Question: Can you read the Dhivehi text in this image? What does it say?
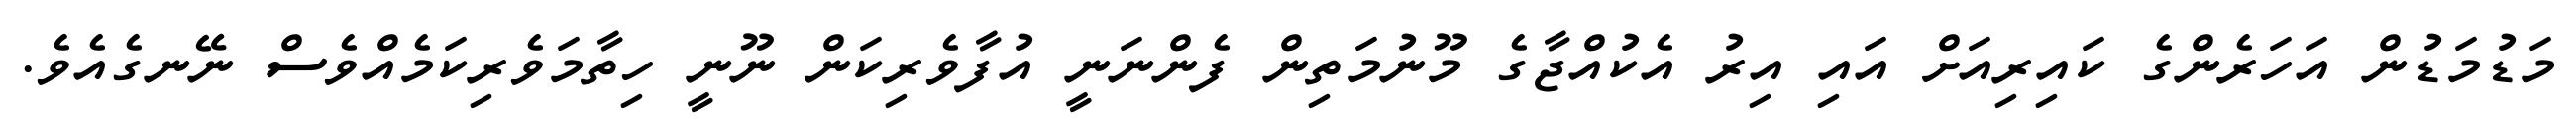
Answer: މަޑުމަޑުން އަހަރެންގެ ކައިރިއަށް އައި އިރު އެކުއްޖާގެ މޫނުމަތިން ފެންނަނީ އުފާވެރިކަން ނޫނީ ހިތާމަވެރިކަމެއްވެސް ނޭނގެއެވެ.